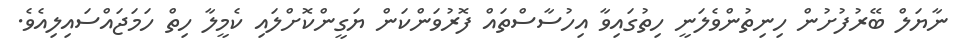
ނާޔަލް ބޭރުފުށުން ހިނިތުންވެލަނީ ހިތުގައިވާ އިހުސާސްތައް ފޮރުވަންކަން ޔަގީންކޮށްލައި ކެމީލާ ހިތް ހަމަޖައްސައިލިއެވެ.